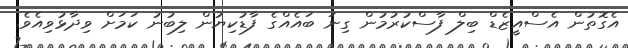
އެގޮތުން އެސްއީޒެޑް ބިލް ފާސްކުރުމުން ގިނަ ބައެއްގެ ފާޑުކިޔުން ލިބުނު ކަމަށް ވިދާޅުވިއެވެ.